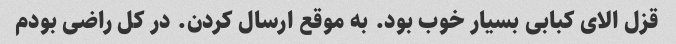
قزل الای کبابی بسیار خوب بود. به موقع ارسال کردن. در کل راضی بودم